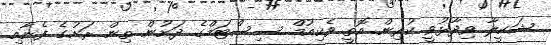
ޝަކީލާ ވިދާޅުވީ ކުރިން އޮތީ ވެކިއުމް ސިސްޓަމްގެ ދަށުން ތިން ރަށުގެ ފެނާއި